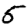
Digit: 5